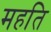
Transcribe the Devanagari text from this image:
महति